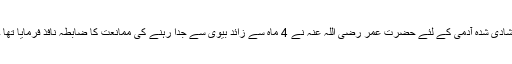
شادی شدہ آدمی کے لئے حضرت عمر رضی اللہ عنہ نے 4 ماہ سے زائد بیوی سے جدا رہنے کی ممانعت کا ضابطہ نافذ فرمایا تھا ۔